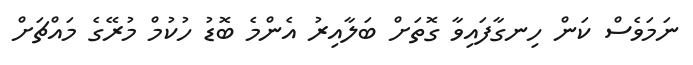
ނަމަވެސް ކަން ހިނގާފައިވާ ގޮތަށް ބަލާއިރު އެންމެ ބޮޑު ހުކުމް މުރޭގެ މައްޗަށް